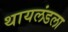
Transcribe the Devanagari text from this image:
थायलंडला